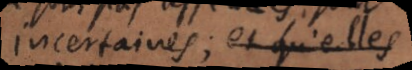
incertaines; et qu’elles